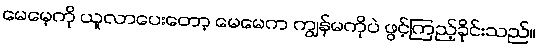
မေမေ့ကို ယူလာပေးတော့ မေမေက ကျွန်မကိုပဲ ဖွင့်ကြည့်ခိုင်းသည်။